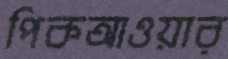
পিকআওয়ার